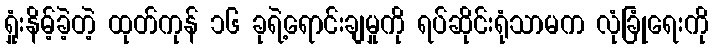
ရှုံးနိမ့်ခဲ့တဲ့ ထုတ်ကုန် ၁၆ ခုရဲ့ရောင်းချမှုကို ရပ်ဆိုင်းရုံသာမက လုံခြုံရေးကို